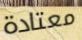
معتادة